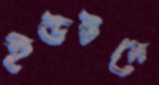
ইউটনে